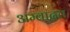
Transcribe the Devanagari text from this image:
अम्बादत्त